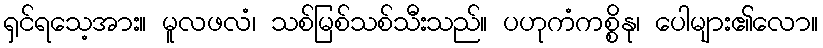
ရှင်ရသေ့အား။ မူလဖလံ၊ သစ်မြစ်သစ်သီးသည်။ ပဟုကံကစ္စိနု၊ ပေါများ၏လော။